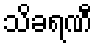
သိခရဏီ